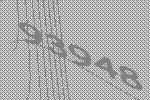
93948